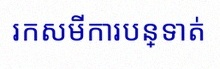
រកសមីការបន្ទាត់